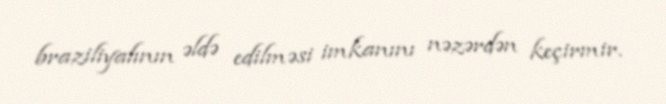
braziliyalının əldə edilməsi imkanını nəzərdən keçirmir.